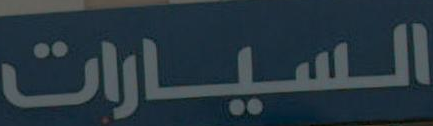
السيارات